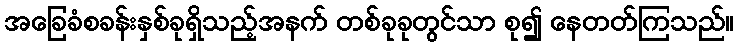
အခြေခံစခန်းနှစ်ခုရှိသည့်အနက် တစ်ခုခုတွင်သာ စု၍ နေတတ်ကြသည်။